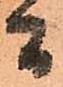
間